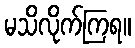
မသိလိုက်ကြရ။